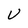
Character: U